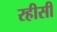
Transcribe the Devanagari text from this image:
रहीसी